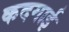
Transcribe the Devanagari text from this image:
कदमाई